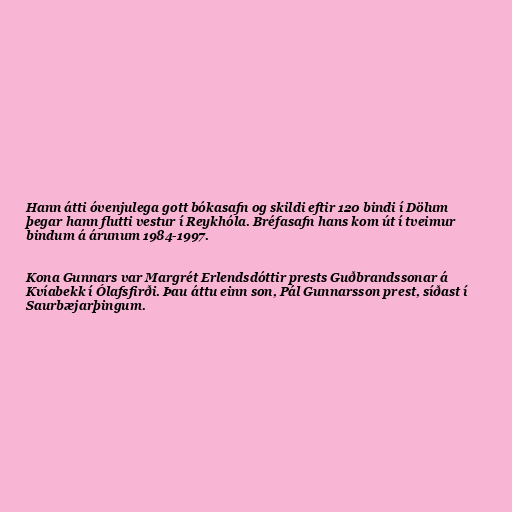
Hann átti óvenjulega gott bókasafn og skildi eftir 120 bindi í Dölum
þegar hann flutti vestur í Reykhóla. Bréfasafn hans kom út í tveimur
bindum á árunum 1984-1997.

Kona Gunnars var Margrét Erlendsdóttir prests Guðbrandssonar á
Kvíabekk í Ólafsfirði. Þau áttu einn son, Pál Gunnarsson prest, síðast í
Saurbæjarþingum.